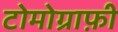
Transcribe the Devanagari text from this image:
टोमोग्राफ़ी